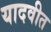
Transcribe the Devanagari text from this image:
यादवीत